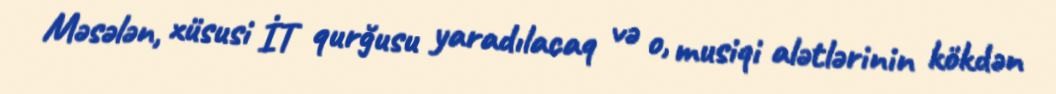
Məsələn, xüsusi İT qurğusu yaradılacaq və o, musiqi alətlərinin kökdən